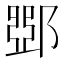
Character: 𨜹